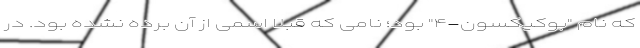
که نام "بوکیکسون-۴" بود؛ نامی که قبلا اسمی از آن برده نشده بود. در